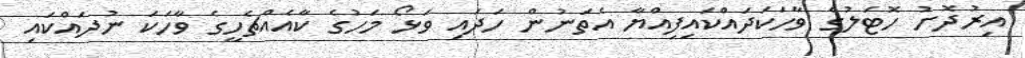
އިރުދޮށު ހޮޓަލުގެ ވާހަކަދައްކައިފިއްޔާ އެތަނުން ހަދައި ވަޅޯ މަހުގެ ކާއެއްޗެހީގެ ވާހަކަ ނުދައްކައި